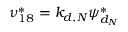
\nu _ { 1 8 } ^ { * } = k _ { d , N } \psi _ { d _ { N } } ^ { * }